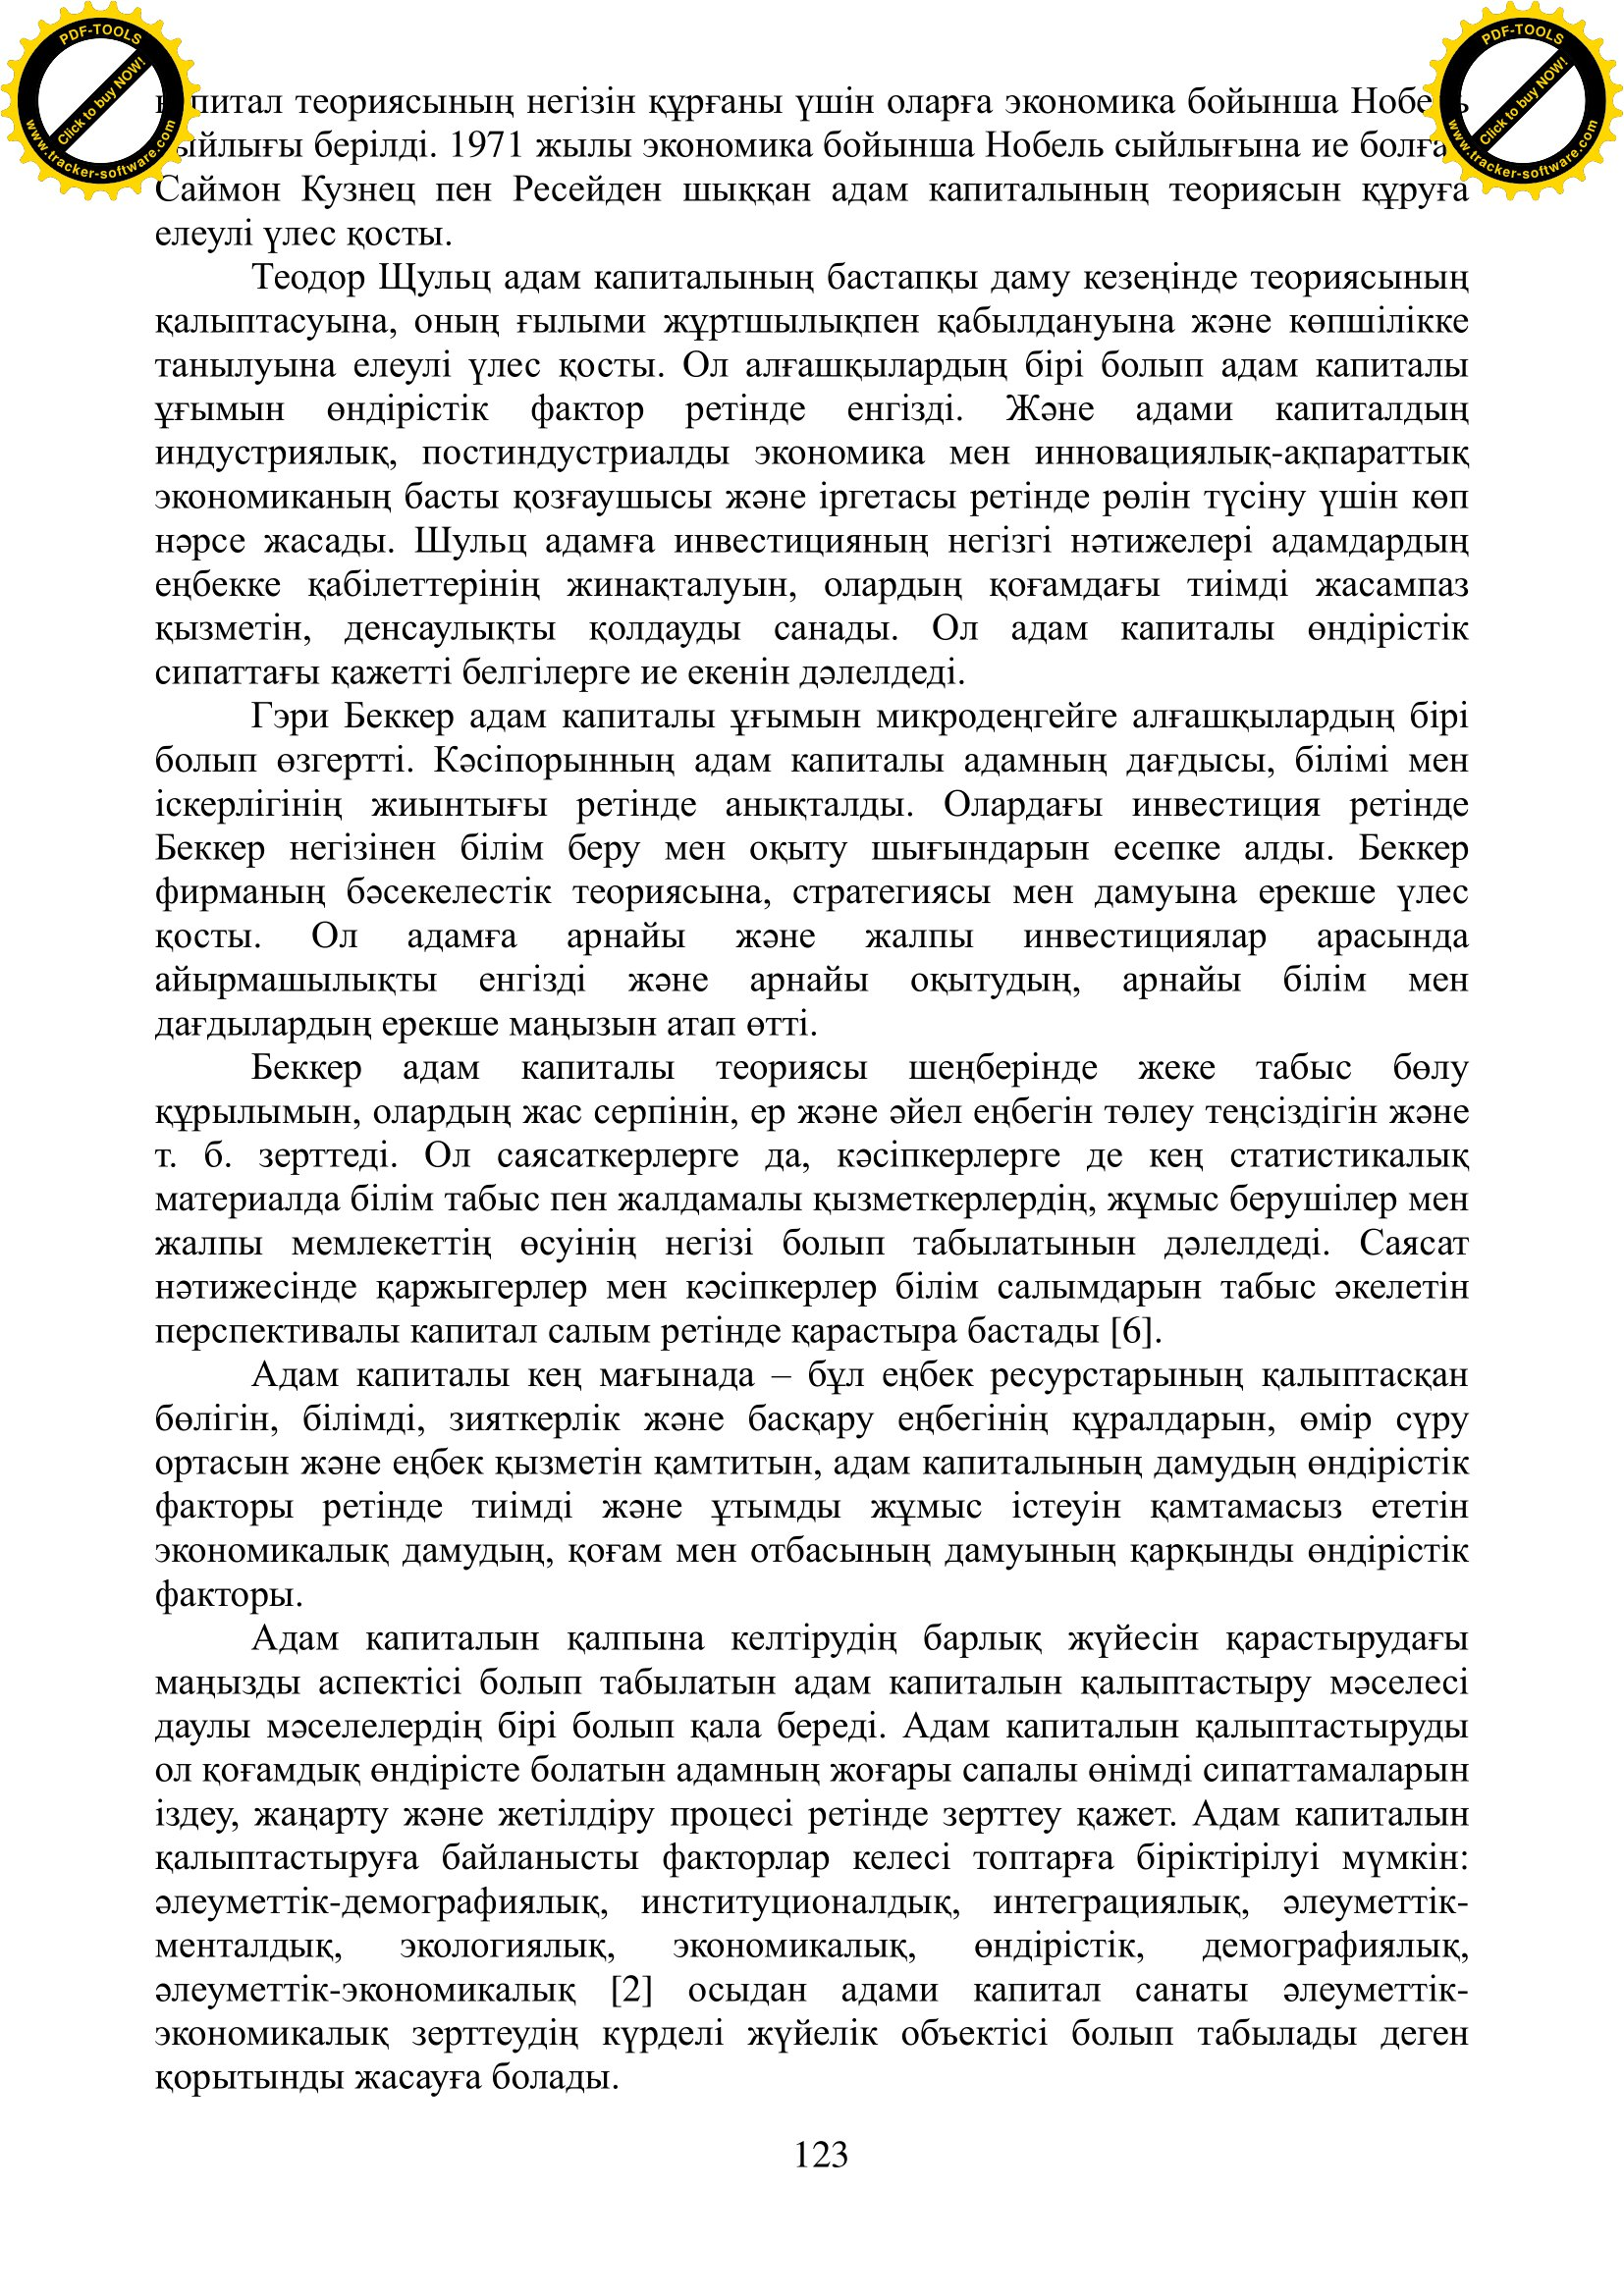
Language: kk